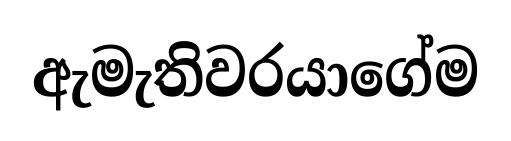
ඇමැතිවරයාගේම